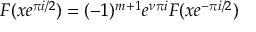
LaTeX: F ( x e ^ { \pi i / 2 } ) = ( - 1 ) ^ { m + 1 } e ^ { \nu \pi i } F ( x e ^ { - \pi i / 2 } )